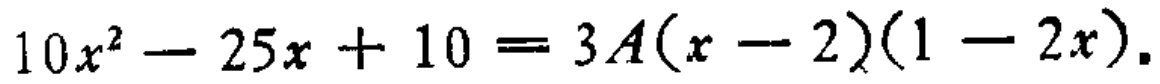
\(10x^{2}-25x + 10 = 3A(x - 2)(1 - 2x)\)